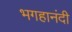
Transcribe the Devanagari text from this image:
भगहानंदी